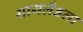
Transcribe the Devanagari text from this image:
थायलँडला